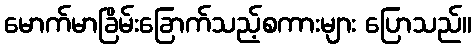
မောက်မာခြိမ်းခြောက်သည့်စကားများ ပြောသည်။